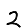
Digit: 2